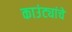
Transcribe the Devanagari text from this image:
काउंट्यांचे